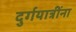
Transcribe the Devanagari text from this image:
दुर्गयात्रींना